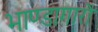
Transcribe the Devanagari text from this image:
भाण्डागारों